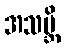
အသဗ္ဘိ